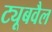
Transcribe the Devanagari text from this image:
ट्यूबवैल